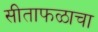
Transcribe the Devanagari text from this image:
सीताफळाचा